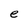
Character: e